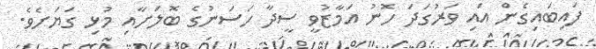
ފައިބައިގެން އައި ވަރުގަދަ ހޮނު އަމާޒުވީ ސީދާ ހަސަނުގެ ބޮލަށާއި މުޅި ގަޔަށެވެ.